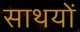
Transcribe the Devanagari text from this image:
साथयों